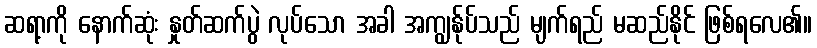
ဆရာ့ကို နောက်ဆုံး နှုတ်ဆက်ပွဲ လုပ်သော အခါ အကျွန်ုပ်သည် မျက်ရည် မဆည်နိုင် ဖြစ်ရလေ၏။